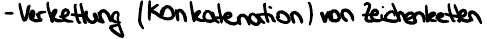
- Verkettung (Konkatenation) von Zeichenketten